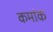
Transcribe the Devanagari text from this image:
कमांक